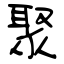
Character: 聚